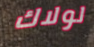
لولاك